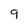
Character: 9